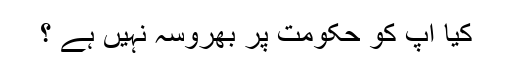
کیا آپ کو حکومت پر بھروسہ نہیں ہے ؟